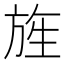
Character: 旌